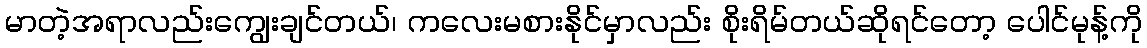
မာတဲ့အရာလည်းကျွေးချင်တယ်၊ ကလေးမစားနိုင်မှာလည်း စိုးရိမ်တယ်ဆိုရင်တော့ ပေါင်မုန့်ကို